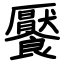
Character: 饜